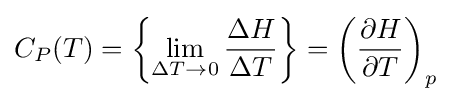
C_{P}(T)=\left\{\lim _{\Delta T\to 0}{\frac {\Delta H}{\Delta T}}\right\}=\left({\frac {\partial H}{\partial T}}\right)_{p}